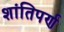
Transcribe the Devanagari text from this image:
शांतिपर्ण